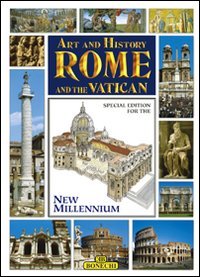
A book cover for Art and History of Rome and the Vatican, Special Edition for the Jubilee Year 2000 (Bonechi Art and History Series); Stefano Masi; Travel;